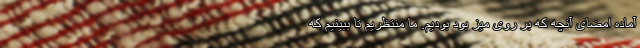
آماده امضای آنچه که بر روی میز بود بودیم. ما منتظریم تا ببینیم که